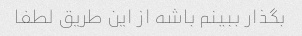
بگذار ببینم باشه از این طریق لطفا